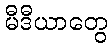
မီဒီယာတွေ